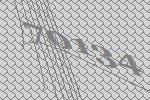
70134